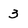
Character: 3